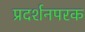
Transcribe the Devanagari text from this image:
प्रदर्शनपरक